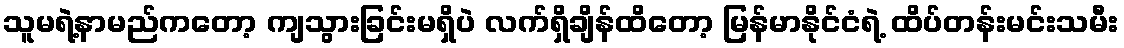
သူမရဲ့နာမည်ကတော့ ကျသွားခြင်းမရှိပဲ လက်ရှိချိန်ထိတော့ မြန်မာနိုင်ငံရဲ့ ထိပ်တန်းမင်းသမီး